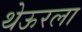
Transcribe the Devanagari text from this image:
थेऊरला